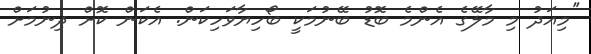
''މިއަދު މި މާލޭގެ އެންމެ ބޮޑު ބޭނުމަކީ ބޯހިޔާވަހިކަން. އެކަން ކޮށް ދިނުމަށް